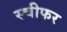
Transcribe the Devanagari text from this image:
स्चीफर